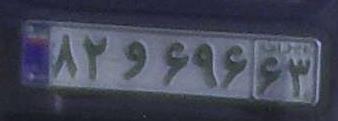
۸۲و۶۹۶۶۳